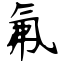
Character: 氟